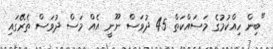
"ބިން ހިއްކުމުގެ މަސައްކަތް 45 ދުވަސް ނޫނީ އެއް މަސް ދުވަސް ތެރޭގައި